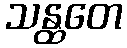
သန္ထတေ